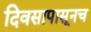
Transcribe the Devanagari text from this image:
दिवसापासूनच